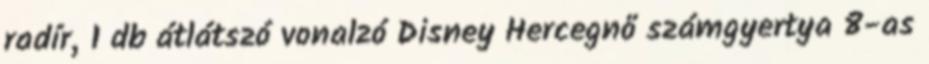
radír, 1 db átlátszó vonalzó Disney Hercegnő számgyertya 8-as